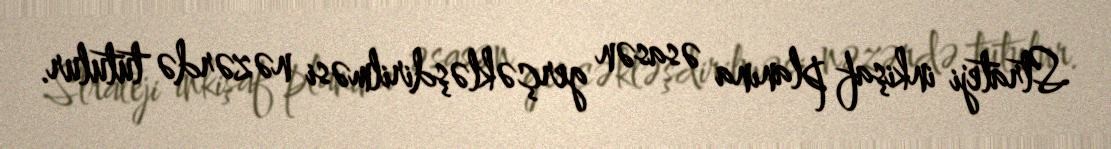
Strateji inkişaf planına əsasən gerçəkləşdirilməsi nəzərdə tutulur.